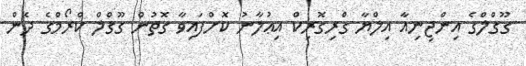
ގޫގްލްގެ އިންޖިނިއާ އިލްޔާ ގްރިގޮރިކް އިޢުލާނު ކޮށްފައިވާ ގޮތުން ގޫގްލް ކްރޯމްގެ ދެން